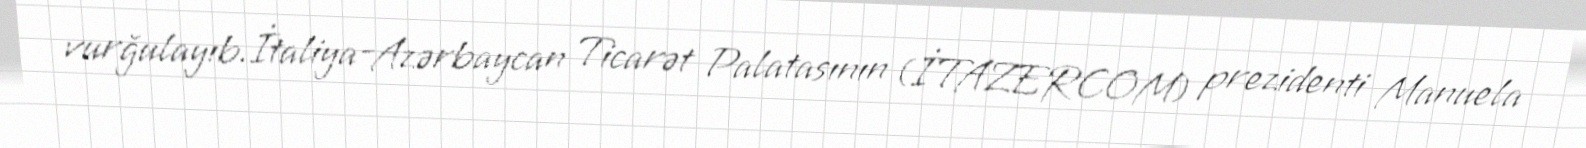
vurğulayıb.İtaliya-Azərbaycan Ticarət Palatasının (İTAZERCOM) prezidenti Manuela